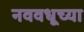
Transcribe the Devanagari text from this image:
नववधूच्या